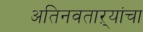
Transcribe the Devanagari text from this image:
अतिनवताऱ्यांचा